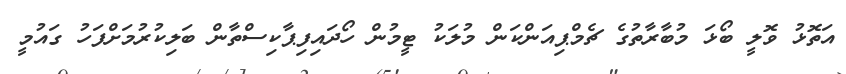
އަތޮޅު ވޮލީ ބޯޅަ މުބާރާތުގެ ޗެމްޕިއަންކަން މުލަކު ޓީމުން ހޯދައިފިޕާކިސްތާން ބަލިކުރުމަށްފަހު ގައުމީ